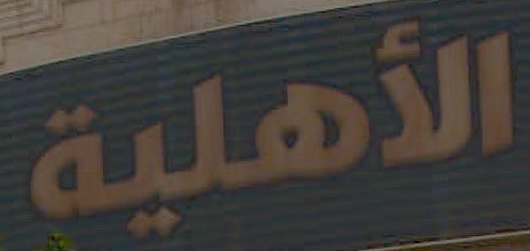
الأهلية